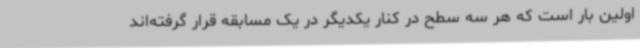
اولین بار است که هر سه سطح در کنار یکدیگر در یک مسابقه قرار گرفته‌اند